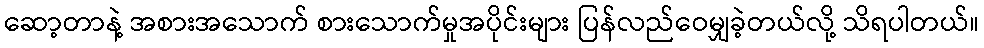
ဆော့တာနဲ့ အစားအသောက် စားသောက်မှုအပိုင်းများ ပြန်လည်ဝေမျှခဲ့တယ်လို့ သိရပါတယ်။